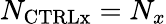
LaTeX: N_{\mathrm{{CTRLx}}}=N_{x}